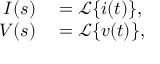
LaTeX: \begin{array} { r l } { I ( s ) } & { { } = { \mathcal { L } } \{ i ( t ) \} , } \\ { V ( s ) } & { { } = { \mathcal { L } } \{ v ( t ) \} , } \end{array}